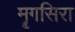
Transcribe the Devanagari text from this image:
मॄगसिरा